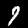
Digit: 9